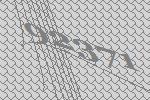
92371